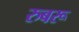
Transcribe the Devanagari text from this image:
रुबरू